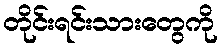
တိုင်းရင်းသားတွေကို